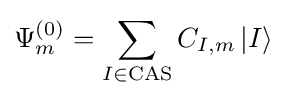
\Psi _{m}^{(0)}=\sum _{I\in {\rm {CAS}}}C_{I,m}\left|I\right\rangle